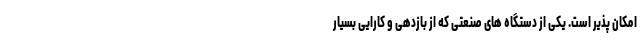
امکان پذیر است. یکی از دستگاه های صنعتی که از بازدهی و کارایی بسیار